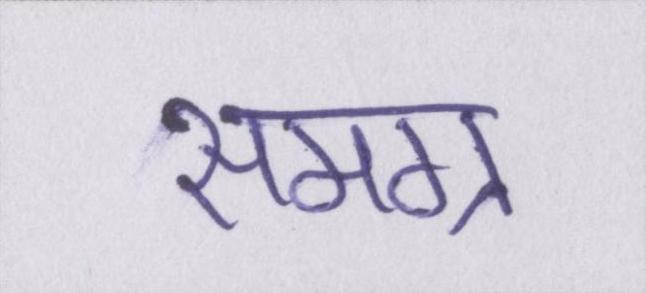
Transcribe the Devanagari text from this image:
समग्र